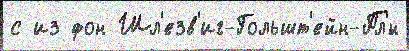
с из фон Шл'езв'иг-Гольшт'ейн-Пл'́н